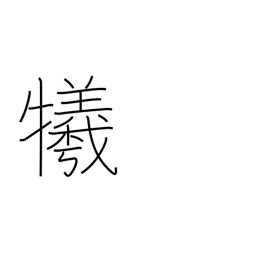
Meaning: sacrifice